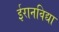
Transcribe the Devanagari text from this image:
ईरानविद्या